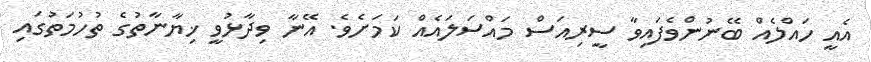
އެއީ ހައްލެއް ބޭނުންވެފައިވާ ސީރިއަސް މައްސަލައެއް ކަމަށެވެ. އޭނާ ވިދާޅުވީ ޚިޔާނާތުގެ ތުހުމަތުގައި